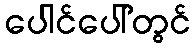
ပေါင်ပေါ်တွင်